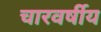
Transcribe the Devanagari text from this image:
चारवर्षीय